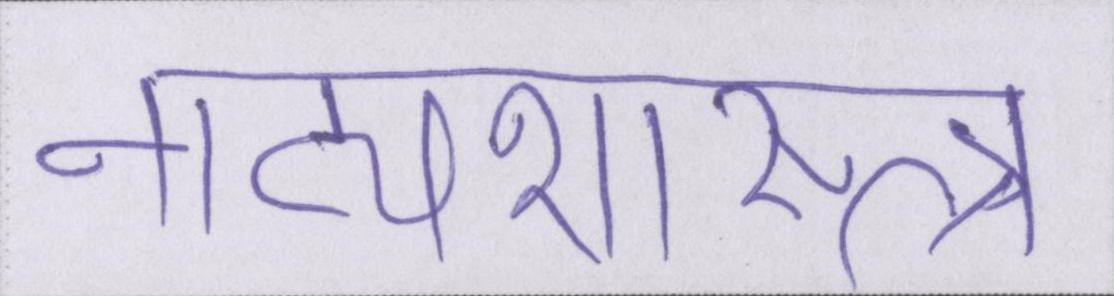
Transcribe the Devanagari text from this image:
नाट्यशास्त्र